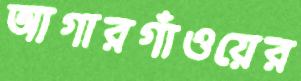
আগারগাঁওয়ের